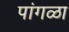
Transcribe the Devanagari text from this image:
पांगळा